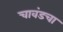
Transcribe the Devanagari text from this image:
चावंडचा